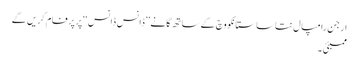
ارجن رامپال نتاسا ستانکووچ کے ساتھ گانے’’ڈانس ڈانس‘‘ پر پرفام کریں گے
ممبئی ۔